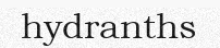
hydranths